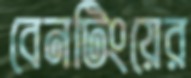
বেনটিংয়ের